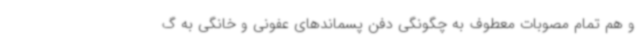
و هم تمام مصوبات معطوف به چگونگی دفن پسماندهای عفونی و خانگی به گ